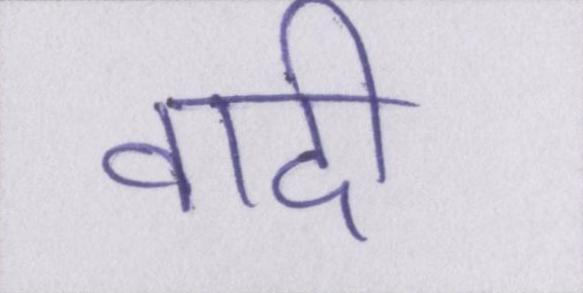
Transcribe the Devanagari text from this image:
वादी